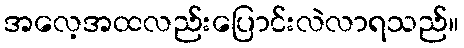
အလေ့အထလည်းပြောင်းလဲလာရသည်။